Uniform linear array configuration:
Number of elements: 12
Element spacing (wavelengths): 0.25
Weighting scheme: kaiser
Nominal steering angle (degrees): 30
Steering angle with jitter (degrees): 30.454
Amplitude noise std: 0.05
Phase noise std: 0.05

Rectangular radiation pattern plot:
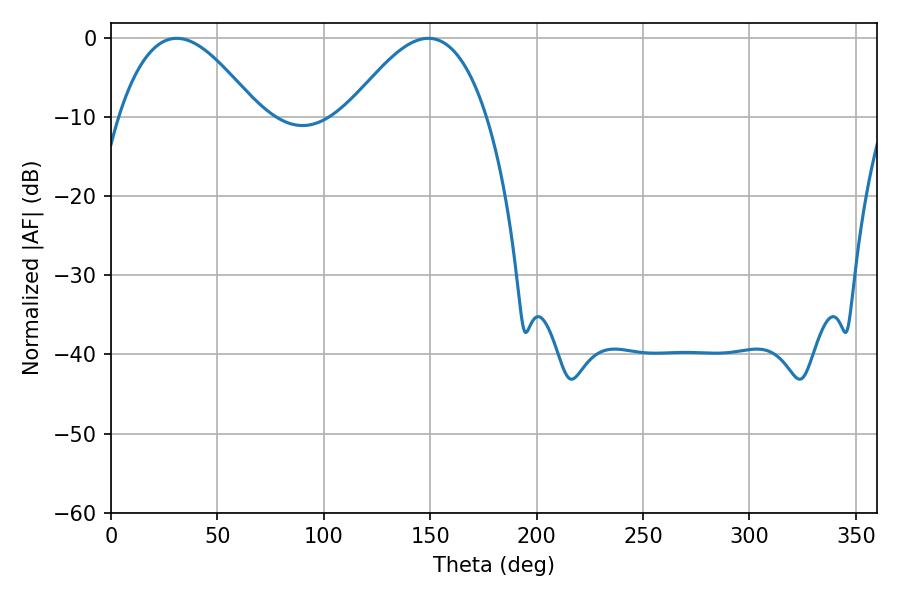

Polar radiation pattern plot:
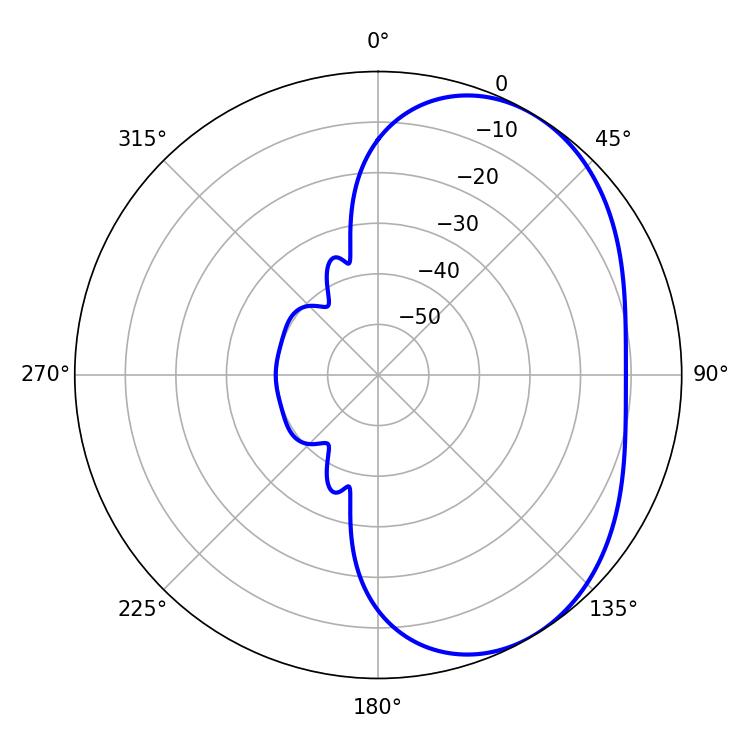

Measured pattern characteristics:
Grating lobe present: FALSE
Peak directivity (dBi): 4.07
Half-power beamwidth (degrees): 35.64
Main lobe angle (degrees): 30.96